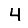
Digit: 4